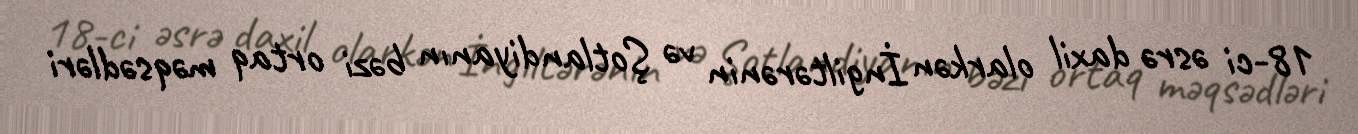
18-ci əsrə daxil olarkən İngiltərənin və Şotlandiyanın bəzi ortaq məqsədləri